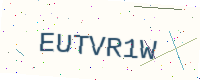
Text: EUTVR1W